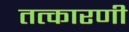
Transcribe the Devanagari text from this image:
तत्कारणी